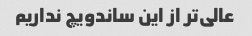
عالی‌تر از این ساندویچ نداریم